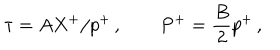
LaTeX: \tau = A X ^ { + } / p ^ { + } \, , \quad \quad P ^ { + } = \frac { B } { 2 } p ^ { + } \, ,